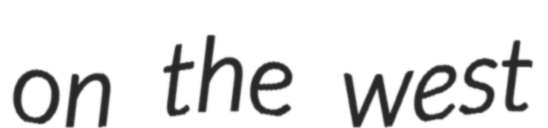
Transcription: on the west